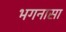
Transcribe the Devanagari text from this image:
भगनासा